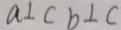
a \bot c b \bot c